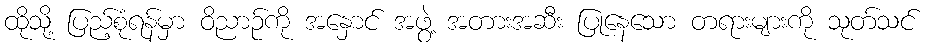
ထိုသို့ ပြည့်စုံရန်မှာ ဝိညာဉ်ကို အနှောင် အဖွဲ့ အတားအဆီး ပြုနေသော တရားများကို သုတ်သင်